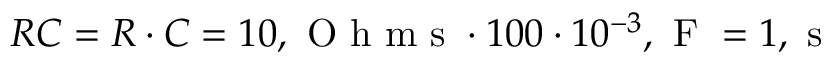
R C = R \cdot C = 1 0 , \mathrm { ~ O ~ h ~ m ~ s ~ } \cdot 1 0 0 \cdot 1 0 ^ { - 3 } , \mathrm { ~ F ~ } = 1 , \mathrm { ~ s ~ }